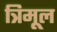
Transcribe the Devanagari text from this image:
त्रिमूल